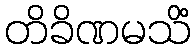
တိခိဏမသိံ